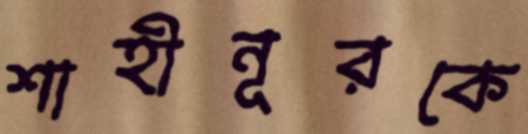
শাহীনূরকে